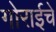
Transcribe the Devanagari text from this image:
गोराईचे